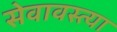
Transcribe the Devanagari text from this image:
सेवावस्त्या